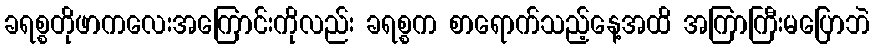
ခရစ္စတိုဖာကလေးအကြောင်းကိုလည်း ခရစ္စက စာရောက်သည့်နေ့အထိ အကြာကြီးမပြောဘဲ